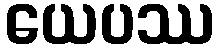
ယေပဿ